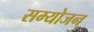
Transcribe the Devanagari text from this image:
सम्योजन